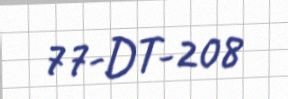
77-DT-208